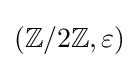
(\mathbb {Z} /2\mathbb {Z} ,\varepsilon )